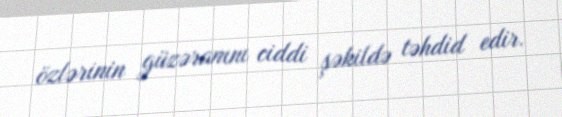
özlərinin güzəranını ciddi şəkildə təhdid edir.